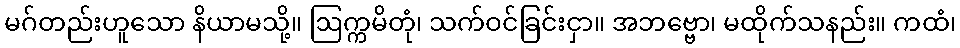
မဂ်တည်းဟူသော နိယာမသို့။ ဩက္ကမိတုံ၊ သက်ဝင်ခြင်းငှာ။ အဘဗ္ဗော၊ မထိုက်သနည်း။ ကထံ၊